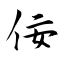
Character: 佞